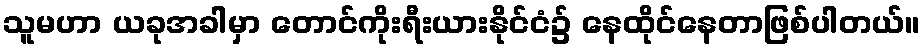
သူမဟာ ယခုအခါမှာ တောင်ကိုးရီးယားနိုင်ငံ၌ နေထိုင်နေတာဖြစ်ပါတယ်။